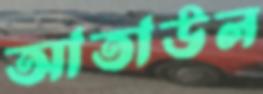
আতাউল